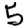
Digit: 5